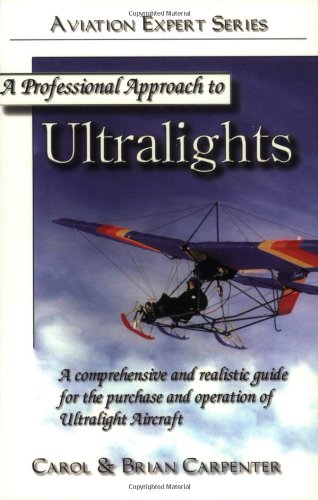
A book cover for A Professional Approach to Ultralights; Carol Carpenter; Sports & Outdoors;